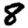
Digit: 8